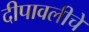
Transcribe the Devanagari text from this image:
दीपावलीचे